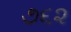
૭૬૨